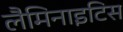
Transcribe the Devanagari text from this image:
लैमिनाइटिस